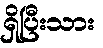
ရှိပြီးသား